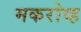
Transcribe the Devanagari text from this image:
मकरोव्ह